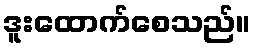
ဒူးထောက်စေသည်။